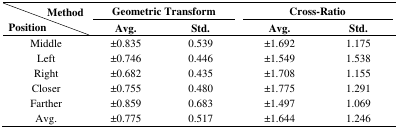
<table><thead><tr><td><b>Method</b></td><td colspan="2"><b>Geometric Transform</b></td><td colspan="2"><b>Cross-Ratio</b></td></tr><tr><td><b>Position</b></td><td><b>Avg.</b></td><td><b>Std.</b></td><td><b>Avg.</b></td><td><b>Std</b></td></tr></thead><tbody><tr><td>Middle</td><td>±0.835</td><td>0.539</td><td>±1.692</td><td>1.175</td></tr><tr><td>Left</td><td>±0.746</td><td>0.446</td><td>±1.549</td><td>1.538</td></tr><tr><td>Right</td><td>±0.682</td><td>0.435</td><td>±1.708</td><td>1.155</td></tr><tr><td>Closer</td><td>±0.755</td><td>0.480</td><td>±1.775</td><td>1.291</td></tr><tr><td>Farther</td><td>±0.859</td><td>0.683</td><td>±1.497</td><td>1.069</td></tr><tr><td>Avg.</td><td>±0.775</td><td>0.517</td><td>±1.644</td><td>1.246</td></tr></tbody></table>